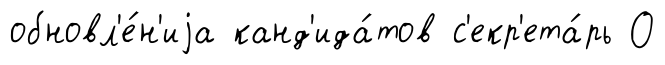
обновл'е́н'иjа канд'ида́тов с'екр'ета́рь О